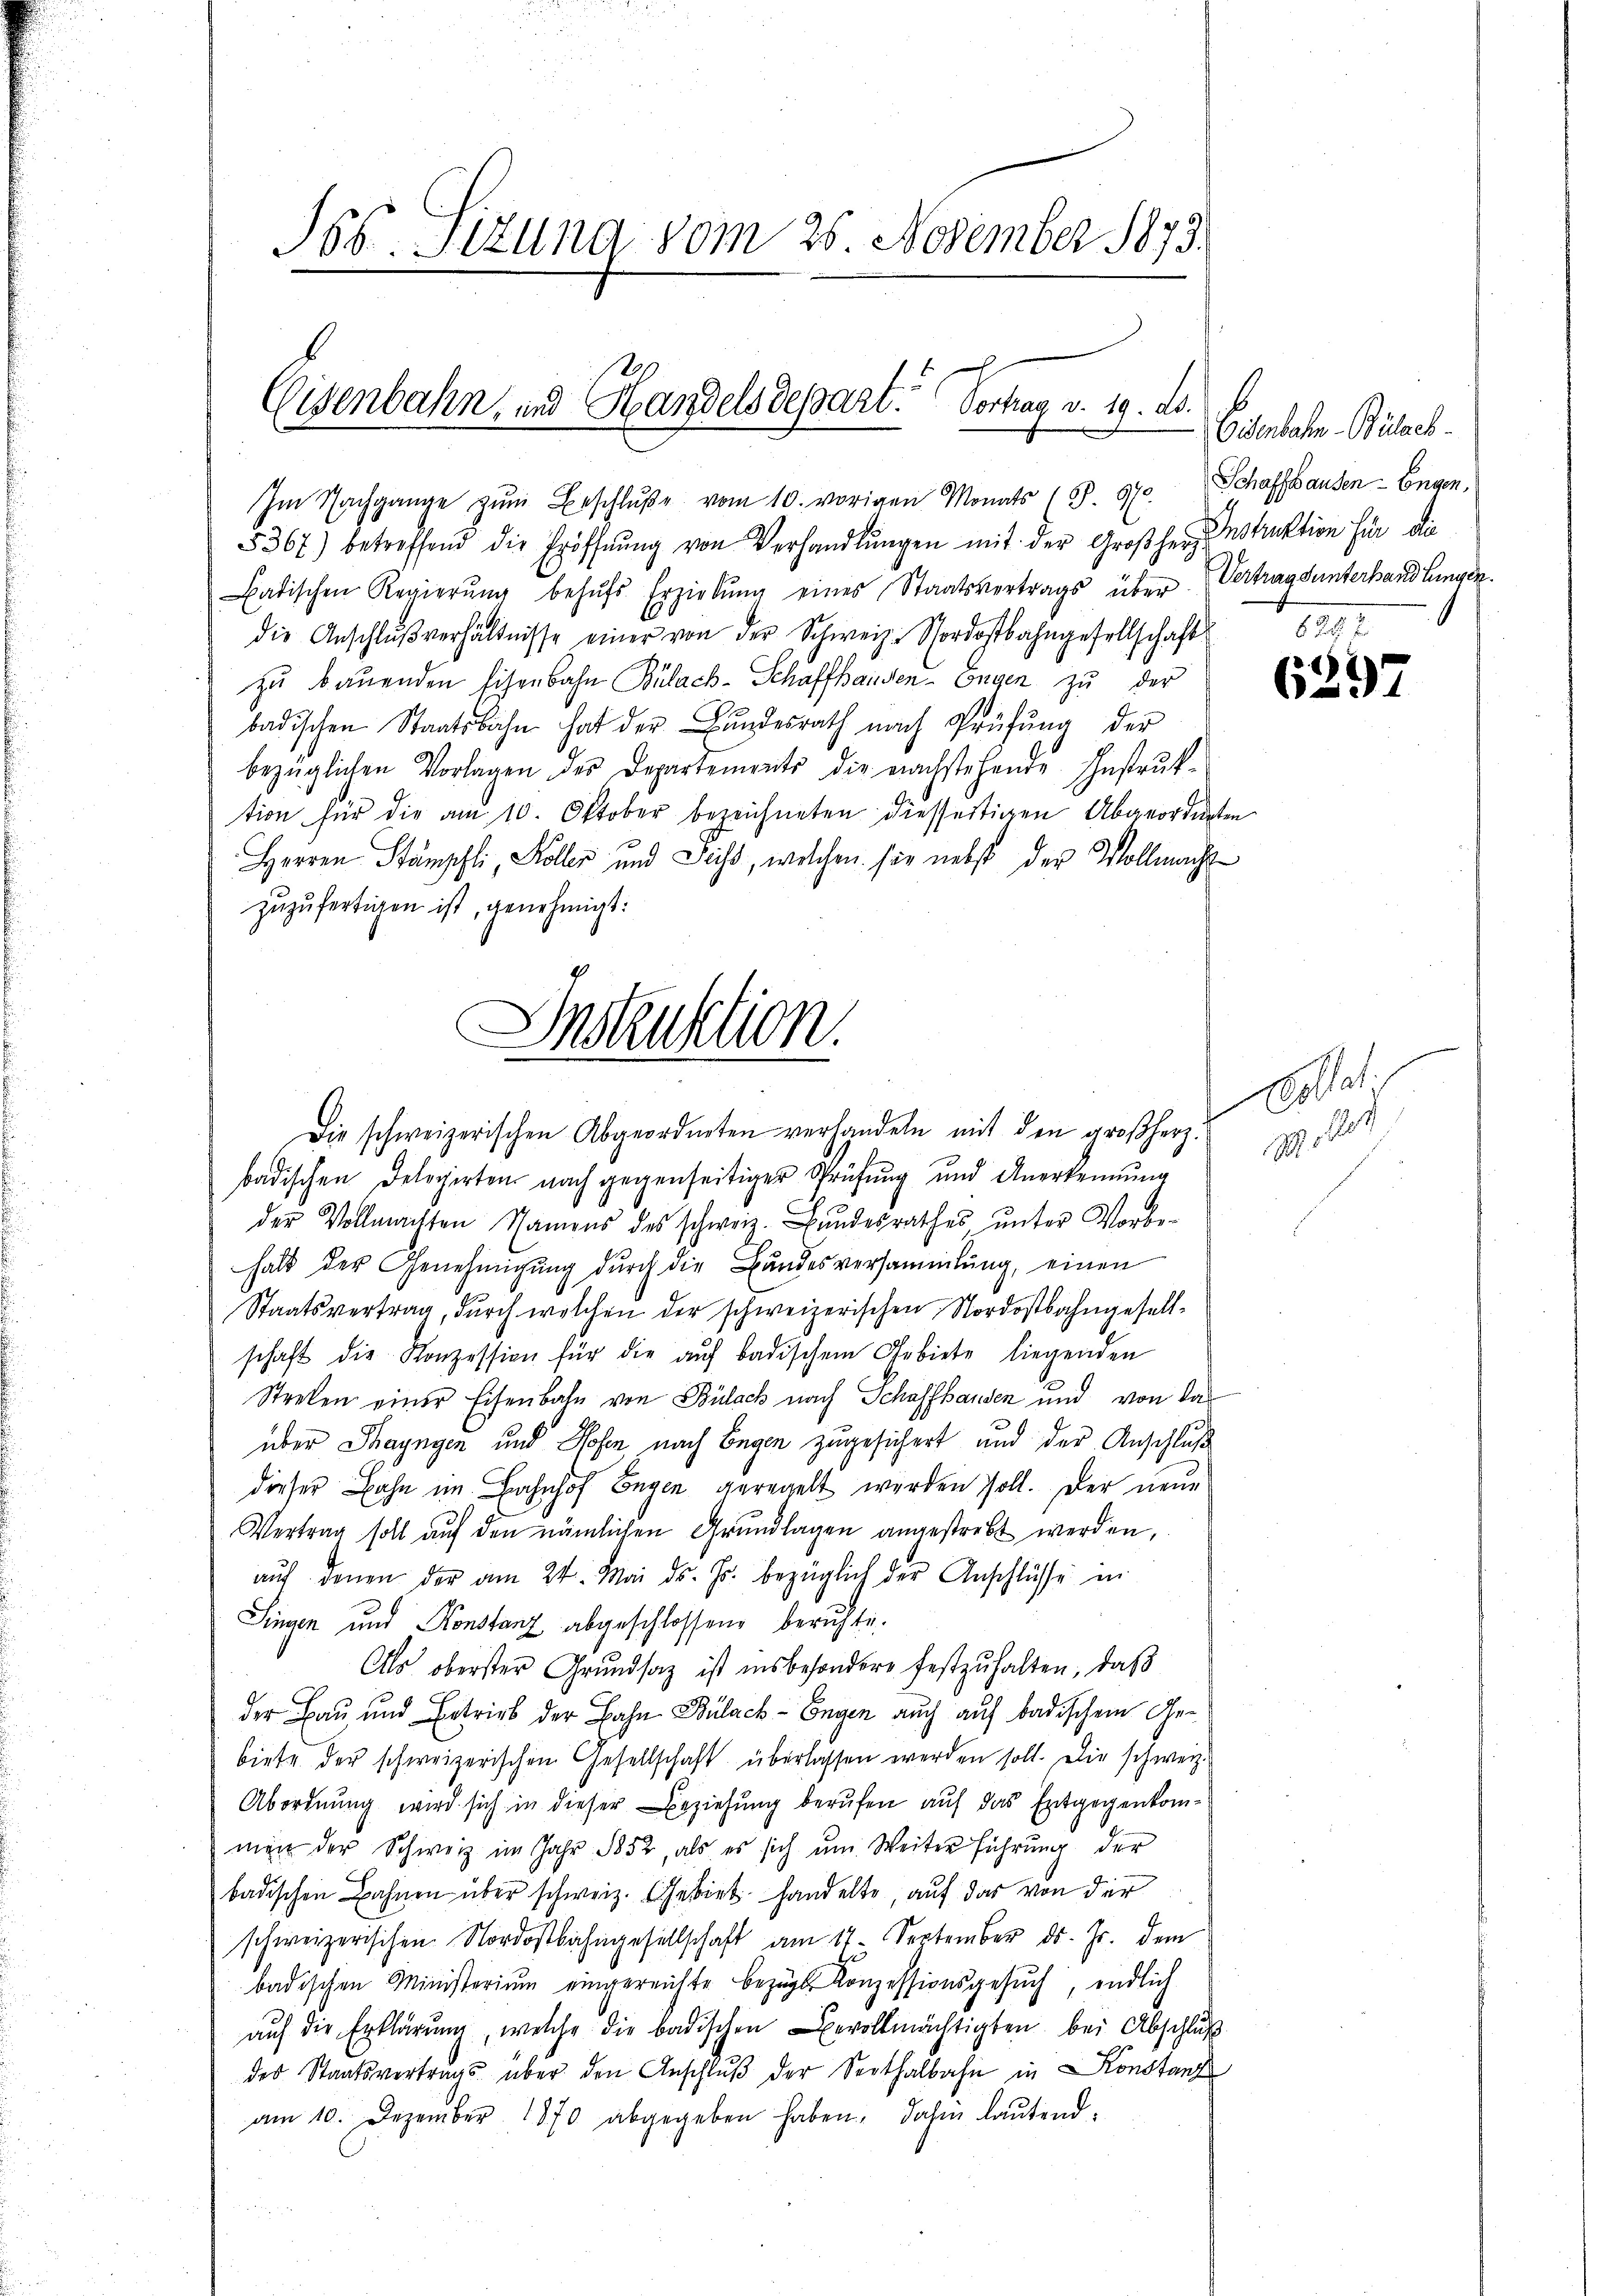
Jb. Sitzung vom 25. November 1873.

Im Nachgange zŭm Beschlŭβe vom 10. vorigen Monats (S. 970. Schaffhausen - Engen,
5367) betreffend die Eröffnŭng von Verhandlŭngen mit der Großherzenstruktion für die
Batischen Regierŭng behŭfs Erziehŭng eines Staatsvertrags über Vertragsunterhandlungen.
die Anschlŭβ verhältnisse einer von der Schweiz. Nordostbahngesellschaft
zu bauenden Eisenbahn Bülach-Schaffhanden Engen zu der
badischen Staatsbahn hat der Bundesrath nach Prüfung der
bezüglichen Vorlagen des Departements die nachstehende Instruktion für die am 10. Oktober bezeichneten diesseitigen Abgeordneten
Herren Stämpfli, Möller und Sich, welchen sie nebst der Vollmacht
zuzufertigen ist, genehmigt:
Instruktion.

Eisenbahn, und Handelsdepart. Vortrag v. 19. ds.

b
Eisenbahn-Bülach.
62. 2.

Die schweizerischen Abgeordneten verhandeln mit den großherz.
badischen Delopirten nach gegenseitiger Prüfung und Anerkennung
der Vollmachten Namens des schweiz. Bŭndesrathes ŭnter Vorbe-
halt der Genehmigŭng dŭrch die Bundesversammlung, einen
Staatsvertrag, durch welchen der schweizerischen Nordostbahngesellschaft die Konzession für die aŭf badischem Gebiete liegenden
Streben einer Eisenbahn von Bülach nach Schaffhausen und von das
über Thayngen und Hosen nach Begen zugesichert und der Anschluß
dieser Bahn im Bahnhof Engen geregelt wurden soll. Der neue
Vertrag soll auf den nämlichen Grundlagen angestrebt werden,
aŭf denen der am 24. Mai d. Js. bezüglich der Anschlüsse in
Singen und Konstanz abgeschlossend beruhte.
Als oberster Grundsaz ist insbesondere festzuhalten, daß
der Bau und Entrirt der Bahn Bülach-Engen auch auf badischem Gebiete der schweizerischen Gesellschaft überlassen werden soll. Die schweiz.
Abordnung wird sich in dieser Beziehung berufen auf das Entgegenkommen der Schweiz im Jahr 1852, als es sich ŭm Weiter führŭng der
badischen Bahnen über schweiz. Gebiet handelte, auf das von der
schweizerischen Nordostbahngesellschaft am 17. September d. Js. dem
badischen Ministerium eingereichte bezugs Konzessionsgesŭch, endlich
aŭf die Erklärung, welche die badischen bevollmächtigten bei Abschluß
des Staatsvertrags über den Anschlŭβ der Serthalbahn in Konstanz
am 10. Dezember 1870 abgegeben haben, dahin laŭtend-

6297

d
227